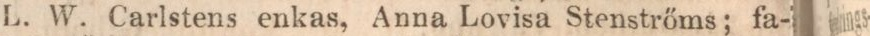
L. W. Carlstens enkas, Anna Lovisa Stenstrőms; fa-